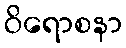
ဝိရောစနာ